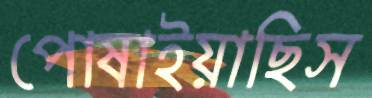
পোষাইয়াছিস